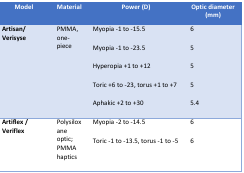
<table><thead><tr><td><b>Model</b></td><td><b>Material</b></td><td><b>Power (D)</b></td><td><b>Optic diameter (mm)</b></td></tr></thead><tbody><tr><td rowspan="5"><b>Artisan/ Verisyse</b></td><td rowspan="5">PMMA, one-piece</td><td>Myopia -1 to -15.5</td><td>6</td></tr><tr><td>Myopia -1 to -23.5</td><td>5</td></tr><tr><td>Hyperopia +1 to +12</td><td>5</td></tr><tr><td>Toric +6 to -23, torus +1 to +7</td><td>5</td></tr><tr><td>Aphakic +2 to +30</td><td>5.4</td></tr><tr><td rowspan="2"><b>Artiflex / Veriflex</b></td><td rowspan="2">Polysiloxane optic; PMMA haptics</td><td>Myopia -2 to -14.5</td><td>6</td></tr><tr><td>Toric -1 to -13.5, torus -1 to -5</td><td>6</td></tr></tbody></table>